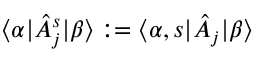
\langle \alpha | \hat { A } _ { j } ^ { s } | \beta \rangle : = \langle \alpha , s | \hat { A } _ { j } | \beta \rangle